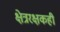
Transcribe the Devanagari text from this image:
क्षेत्ररक्षकही